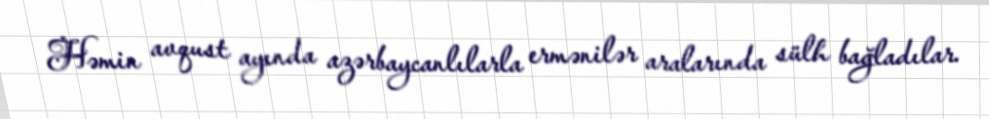
Həmin avqust ayında azərbaycanlılarla ermənilər aralarında sülh bağladılar.